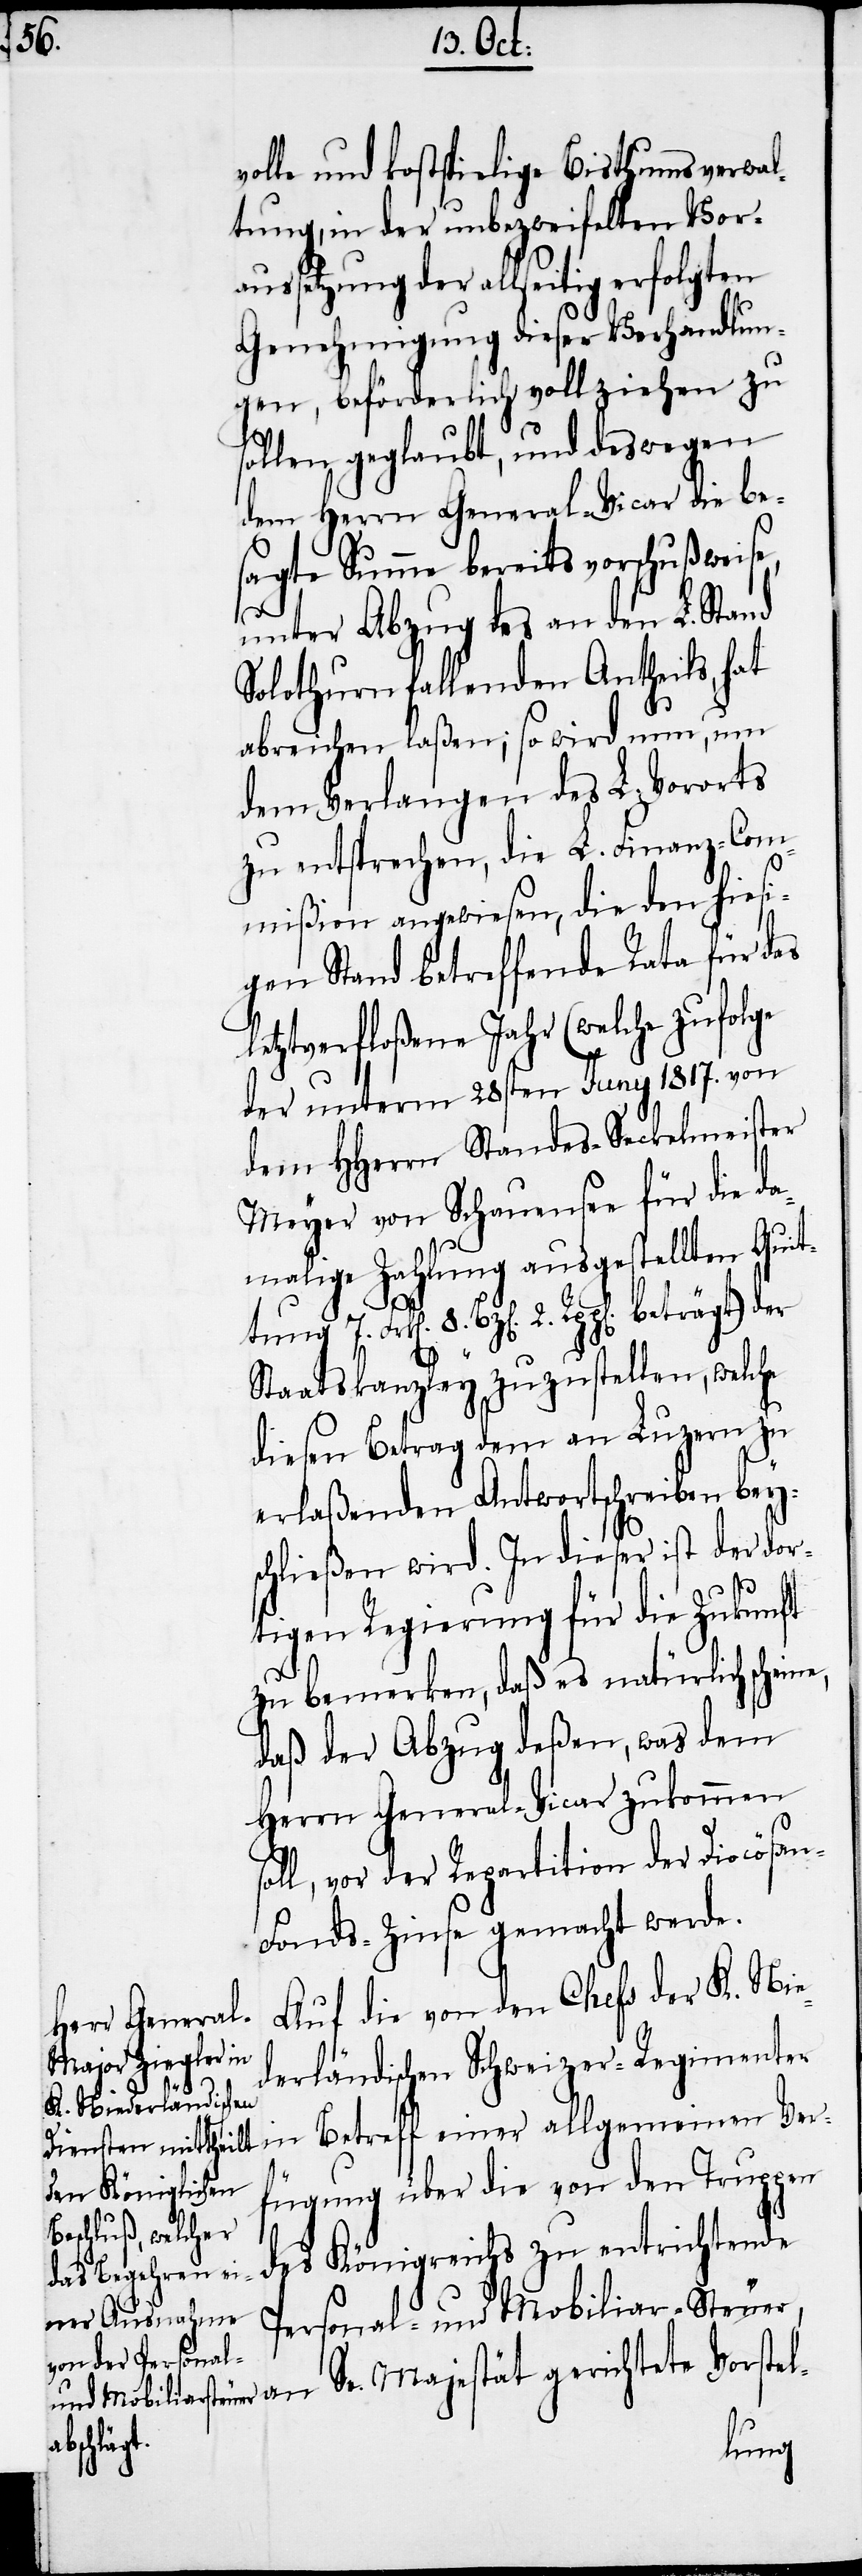
volle und kostspielige Bisthumsverwal¬
tung, in der unbezweifelten Vor¬
aussetzung der allseitig erfolgten
Genehmigung dieser Verhandlun¬
gen, beförderlich vollziehen zu
sollen geglaubt, und deswegen
dem Herrn General-Vicar die be¬
sagte Summe bereits vorschußweise,
Ver¬
unter Abzug des an den L. Stand
Solothurn fallenden Antheils, hat
abreichen laßen; so wird nun, um
dem Verlangen des L. Vororts
zu entsprechen, die L. Finanz-Com¬
mißion angewiesen, die den hiesi¬
gen Stand betreffende Rata für das
letztverfloßene Jahr (welche zufolge
der unterm 28sten Juny 1817. von
dem HHerrn Standes-Seckelmeister
Meyer von Schauensee für die da¬
malige Zahlung ausgestellte Quit¬
Staatskanzley zuzustellen, welche
diesen Betrag dem an Luzern zu
erlaßenden Antwortschreiben bey¬
schließen wird. In dieser ist der dor¬
tigen Regierung für die Zukunft
s¬
zu bemerken, daß es natürlich schein¬
daß der Abzug deßen, was dem
Herrn General-Vicar zukommen
oll, vor der Repartition der Diocösa¬
n-Fonds-Zinse gemacht werde.
Auf die von den Chefs der K. Nie¬
derländischen Schweizer-Regimenter
fügung über die von den Truppen
des Königreichs zu entrichtende
Personal- und Mobiliar-Steuer,
an Se. Majestät gerichtete Vorstel-
beträgt)
tung